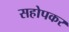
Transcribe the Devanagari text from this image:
सहोपकर